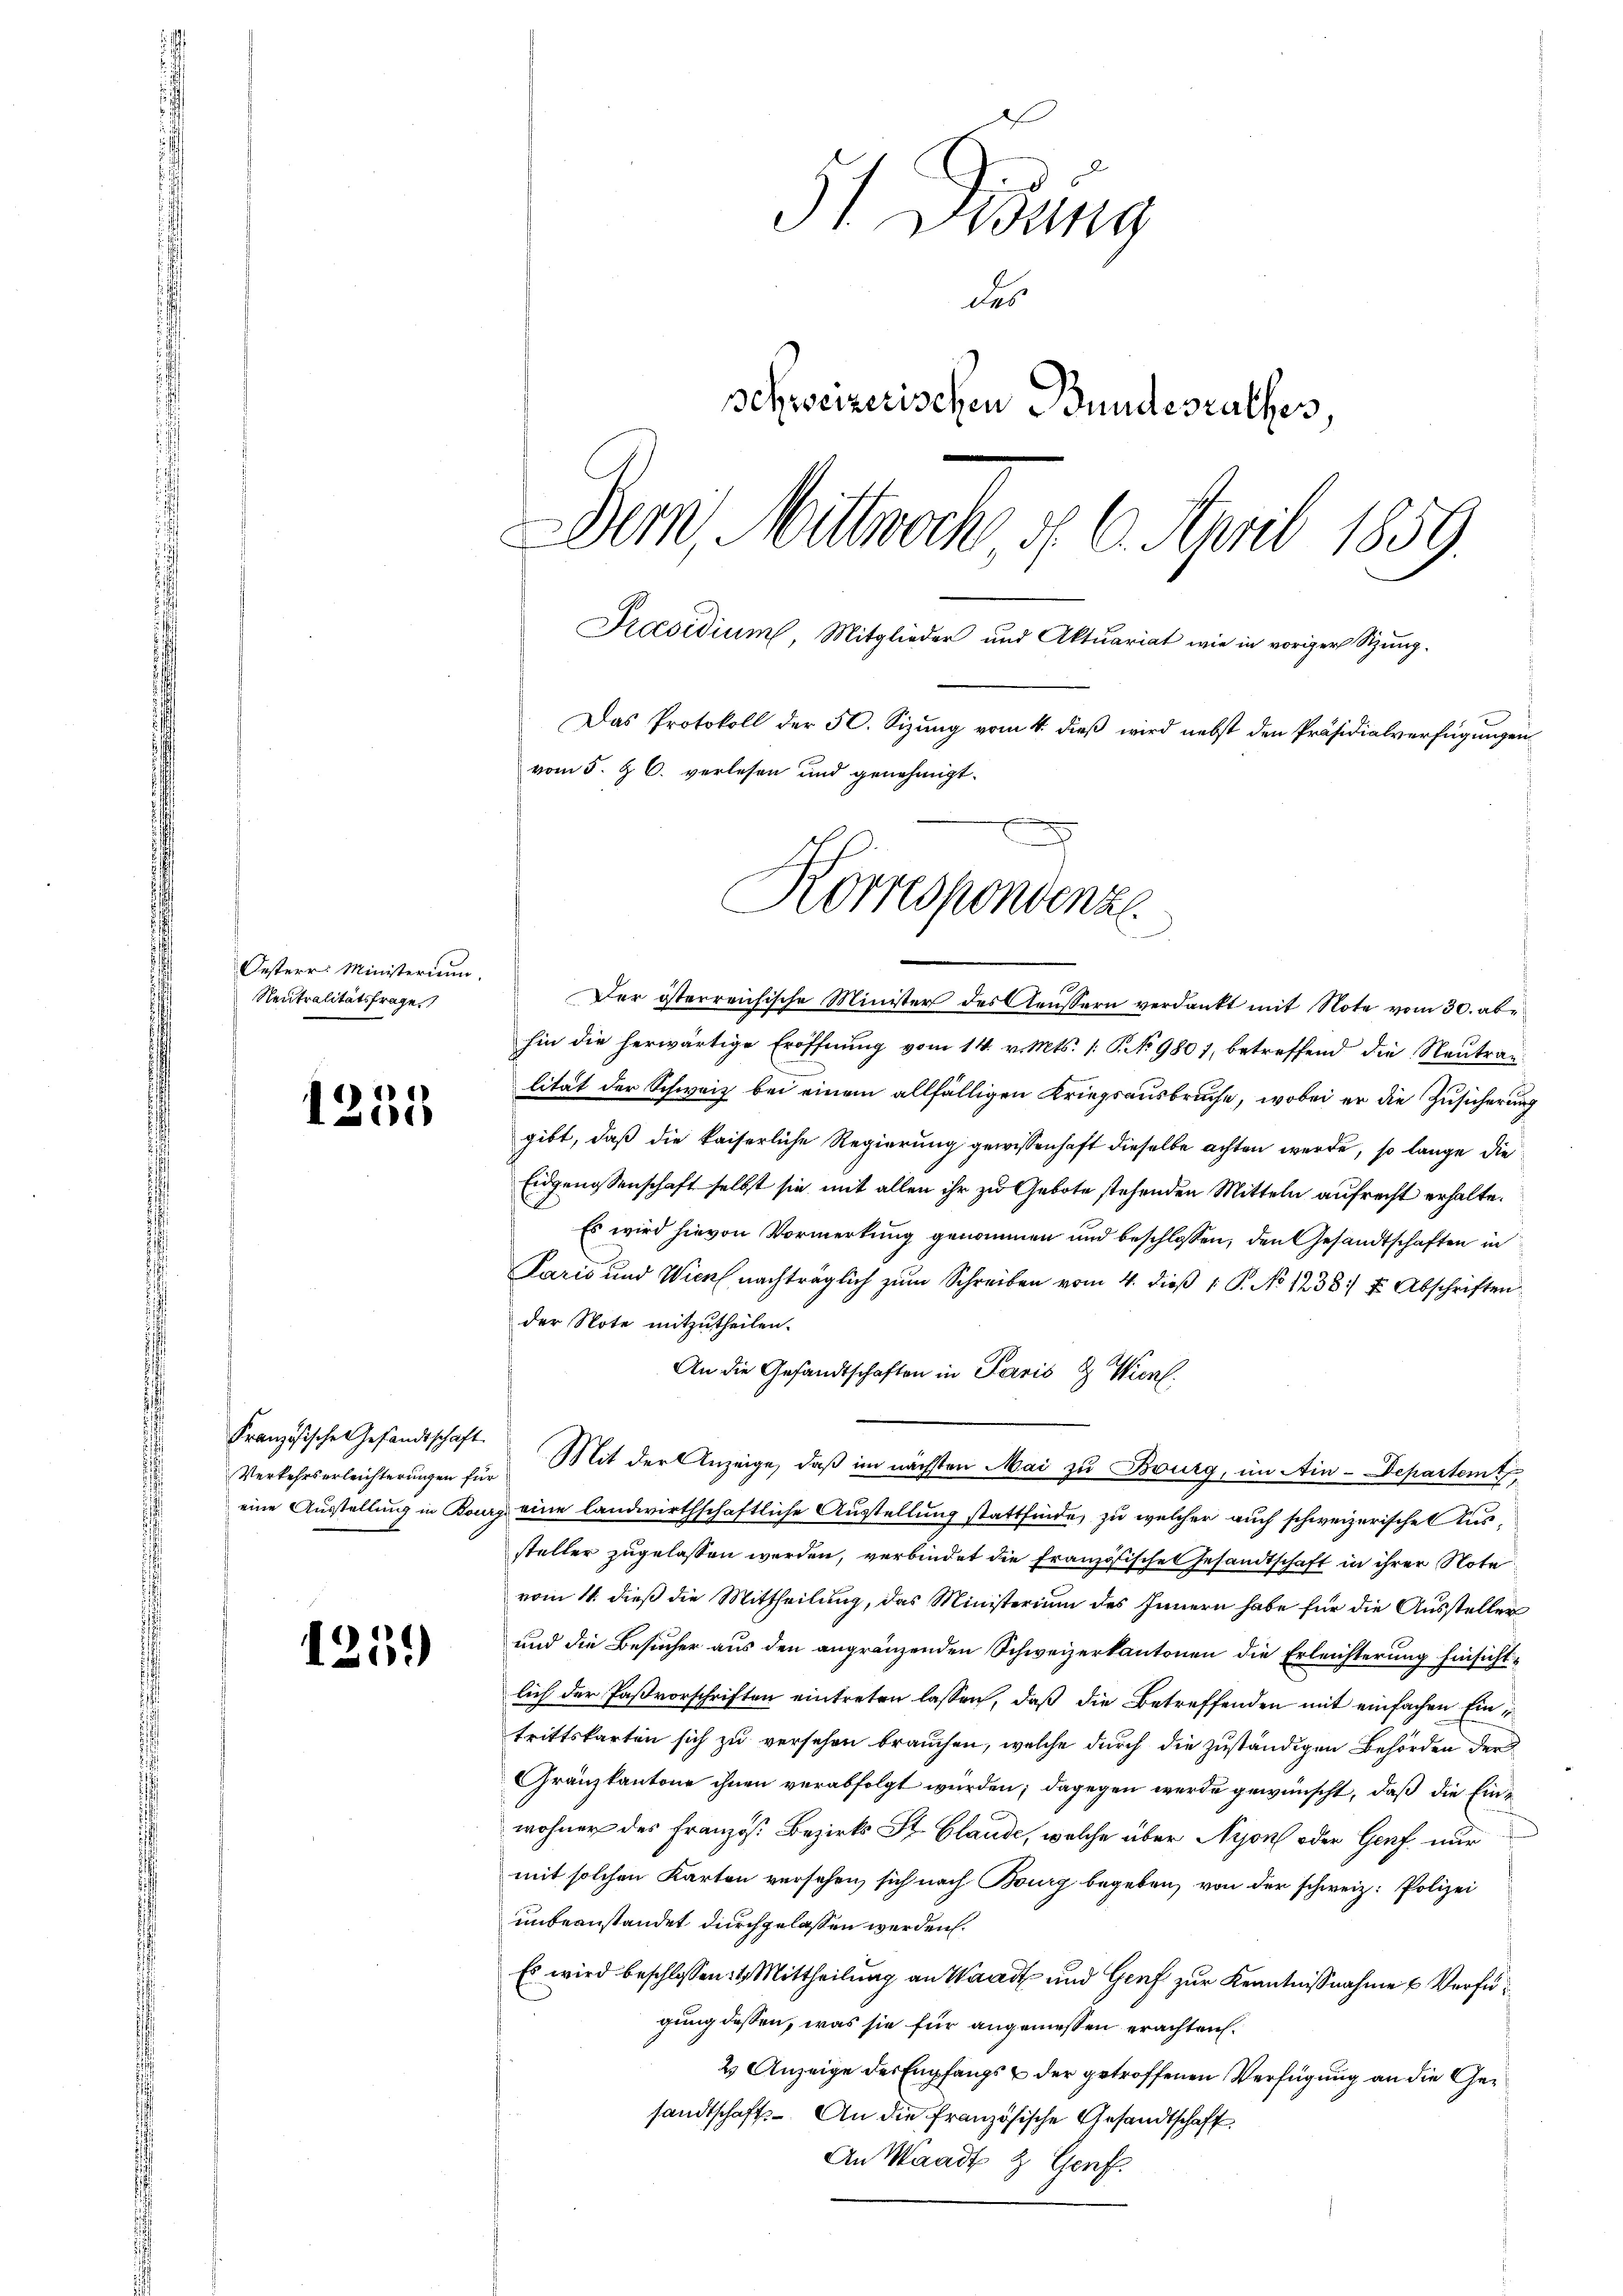
Oesterr: Ministerium.
Neutralitätsfrage

1231

Verkehrserleichterungen für

1239

St. Gesung
des
schweizerischen Bundesrathes,
Dem Mittwoch, d. 6. April 1859.
Praesidium, Mitglieder und Aktuariat wie in voriger Sizung.
Das Protokoll der 50. Sizung vom 4. dieß wird nebst den Präsidialverfügungen
vom 5. J. C. verlesen und genehmigt.
Korrespondenzl

Der österreichische Minister des Aeussern verdankt mit Note vom 30. abe
hin die herwärtige Eröffnŭng vom 14. v. Mts. s. S. 9801, betreffend die Neŭtrag
lität der Schweiz bei einem allfälligen Kriegsausbruche, wobei er die Zusicherung
gibt, daß die kaiserliche Regierung gewissenhaft dieselbe achten werde, so lange die
Eidgenossenschaft selbst sie mit allen ihr zu Gebote stehenden Mitteln aufrecht erhalte.
Es wird hievon Vormerkung genommen und beschlossen, den Gesandtschaften in
Paris und Wien nachträglich zŭm Schreiben vom 4. dieβ 1. P. No 1238 u. Abschriften
der Note mitzutheilen.
An die Gesandtschaften in Paris & Wierl
Französische Gesandtschaft. Mit der Anzeige, daß im nächsten Mai zu Burg, im Ain-Departemt,
eine Ausstellung in Bourg eine landwirthschaftliche Ausstellung stattfinde, zu welcher auch schweizerische Aussteller zugelassen werden, verbindet die Französische Gesandtschaft in ihrer Note
vom 11. dieß die Mittheilung, das Ministerium des Innern habe für die Aussteller
und die Besucher aus den angränzenden Schweizerkantonen die Erleichterung Einsichtlich der Paßvorschriften eintreten lassen, daß die Betreffenden mit einfachen Eintrittskarten sich zu versehen brauchen, welche durch die zuständigen Behörden der
Gränzkantone ihnen verabfolgt wurden; dagegen werde gewünscht, daß die Einwohner des Französ. Bezirks St. Glaude, welche über Nyon oder Genf nur
mit solchen Karten versehen, sich nach Bourg begeben, von der schweiz. Polizei
unbeanstandet durchgelassen werden.
Es wird beschlossen : 1. Mittheilung an Waadt und Genf zur Kenntnißnahme & Verfügung dessen, was sie für angemessen erachten.
2 Anzeige der Empfangs & der getroffenen Verfügung an die Gesandtschaft. An die französische Gesandtschaft
An Waadt & Genf